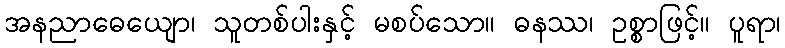
အနညာဓေယျော၊ သူတစ်ပါးနှင့် မစပ်သော။ ဓနဿ၊ ဥစ္စာဖြင့်။ ပူရာ၊